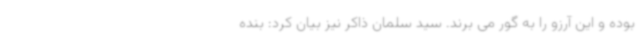
بوده و این آرزو را به گور می برند. سید سلمان ذاکر نیز بیان کرد: بنده